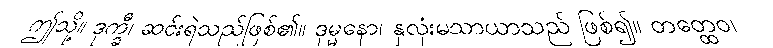
ဤသို့။ ဒုက္ခီ၊ ဆင်းရဲသည်ဖြစ်၏။ ဒုမ္မနော၊ နှလုံးမသာယာသည် ဖြစ်၍။ တတ္ထေဝ၊